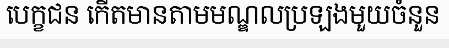
បេក្ខជន កើតមានតាមមណ្ឌលប្រឡងមួយចំនួន